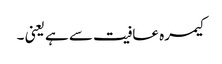
کیمرہ عافیت سے ہے یعنی ۔